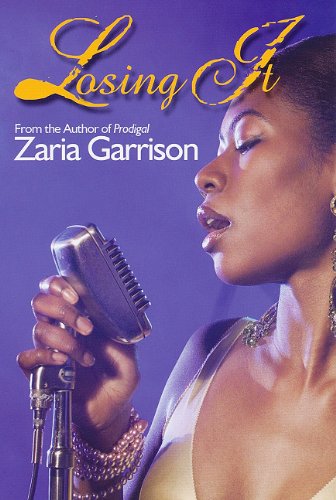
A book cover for Losing It (Urban Christian); Zaria Garrison; Literature & Fiction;